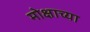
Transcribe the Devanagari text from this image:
मोक्षाच्या